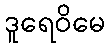
ဒူရေဝိမေ